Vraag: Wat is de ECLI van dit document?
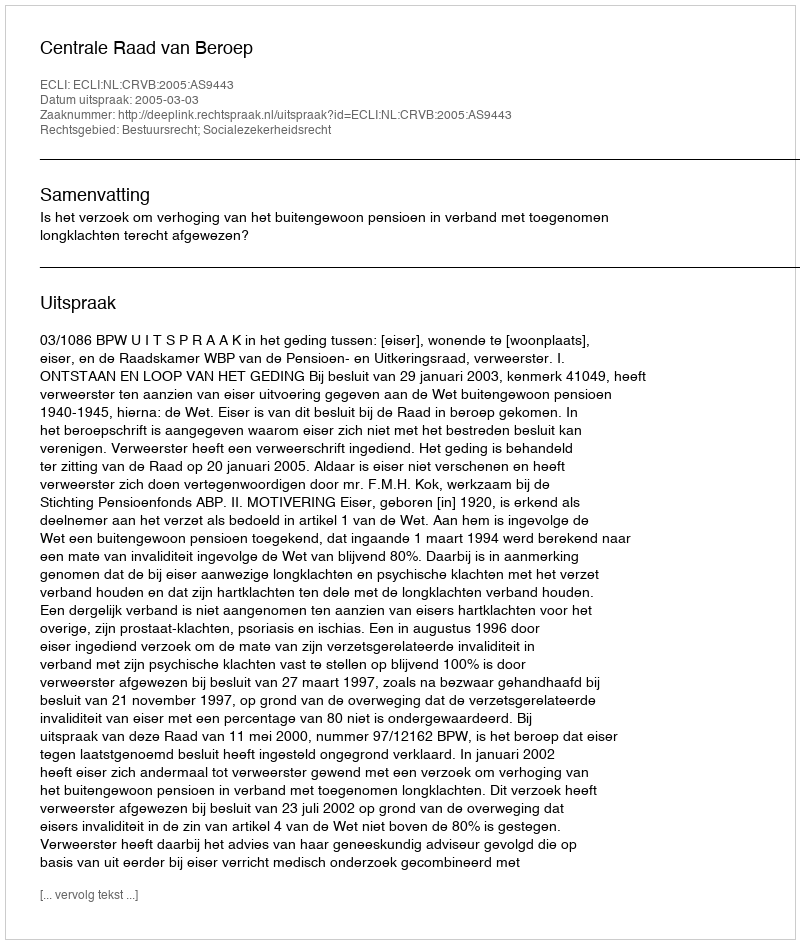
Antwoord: ECLI:NL:CRVB:2005:AS9443